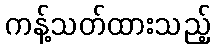
ကန့်သတ်ထားသည့်